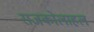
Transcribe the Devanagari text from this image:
राजकोलाहल